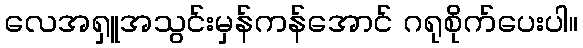
လေအရှူအသွင်းမှန်ကန်အောင် ဂရုစိုက်ပေးပါ။